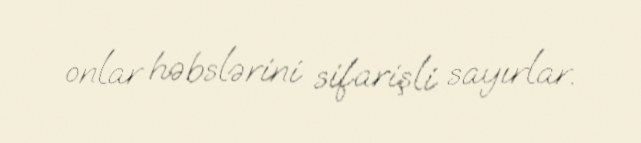
onlar həbslərini sifarişli sayırlar.